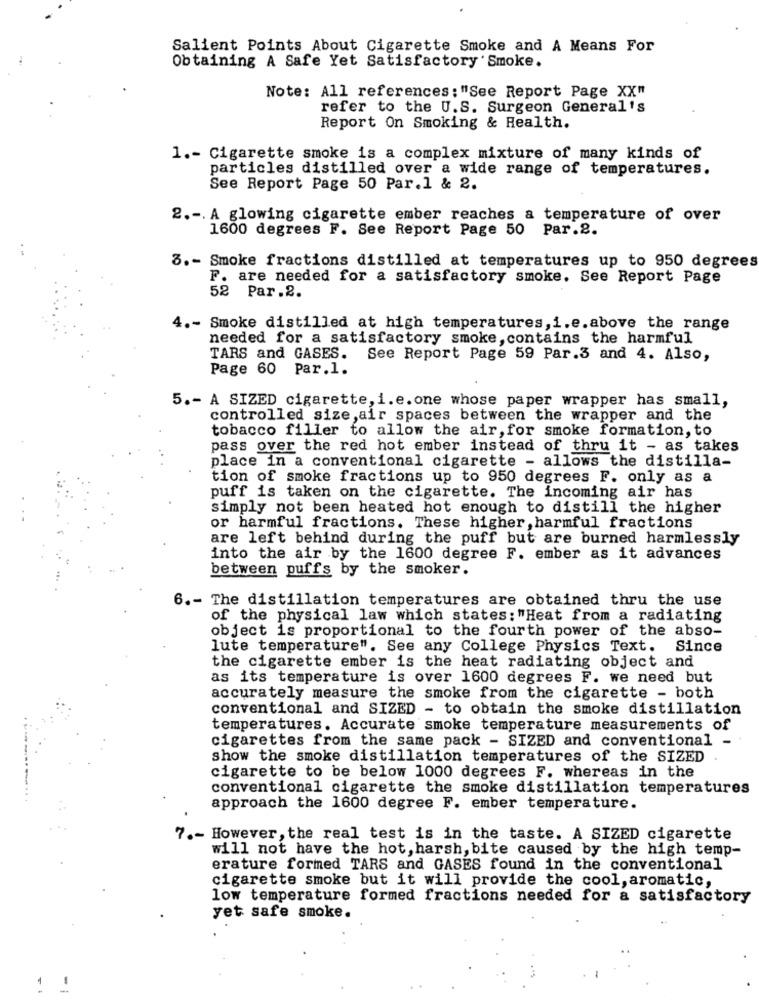
Salient Points About Cigarette Smoke and A Means For
Obtaining A Safe Yet Satisfactory' Smoke.
Note: All references:"See Report Page XX"
refer to the U.S. Surgeon General's
Report On Smoking & Health.
1 .- Cigarette smoke is a complex mixture of many kinds of
particles distilled over a wide range of temperatures.
See Report Page 50 Par.1 & 2.
2 .-. A glowing cigarette ember reaches a temperature of over
1600 degrees F. See Report Page 50 Par.2.
3 .- Smoke fractions distilled at temperatures up to 950 degrees
F. are needed for a satisfactory smoke. See Report Page
5.2
Par.2.
4 .- Smoke distilled at high temperatures, i.e.above the range
needed for a satisfactory smoke, contains the harmful
TARS and GASES.
See Report Page 59 Par.3 and 4. Also,
Page 60 Par.1.
5 .- A SIZED cigarette, i.e.one whose paper wrapper has small,
controlled size ,air spaces between the wrapper and the
tobacco filler to allow the air, for smoke formation, to
pass over the red hot ember instead of thru it - as takes
place in a conventional cigarette - allows the distilla-
tion of smoke fractions up to 950 degrees F. only as a
puff is taken on the cigarette. The incoming air has
simply not been heated hot enough to distill the higher
or harmful fractions. These higher , harmful fractions
are left behind during the puff but are burned harmlessly
into the air by the 1600 degree F. ember as it advances
between puffs by the smoker.
6 .- The distillation temperatures are obtained thru the use
of the physical law which states: "Heat from a radiating
object is proportional to the fourth power of the abso-
lute temperature". See any College Physics Text.
Since
the cigarette ember is the heat radiating object and
as its temperature is over 1600 degrees F. we need but
accurately measure the smoke from the cigarette - both
conventional and SIZED - to obtain the smoke distillation
temperatures. Accurate smoke temperature measurements of
cigarettes from the same pack - SIZED and conventional -
show the smoke distillation temperatures of the SIZED
cigarette to be below 1000 degrees F. whereas in the
conventional cigarette the smoke distillation temperatures
approach the 1600 degree F. ember temperature.
7 .- However , the real test is in the taste. A SIZED cigarette
will not have the hot, harsh, bite caused by the high temp-
erature formed TARS and GASES found in the conventional
cigarette smoke but it will provide the cool, aromatic,
low temperature formed fractions needed for a satisfactory
yet safe smoke.